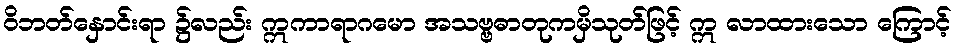
ဝိဘတ်နှောင်းရာ ၌လည်း ဣကာရာဂမော အသဗ္ဗဓာတုကမှိသုတ်ဖြင့် ဣ လာထားသော ကြောင့်